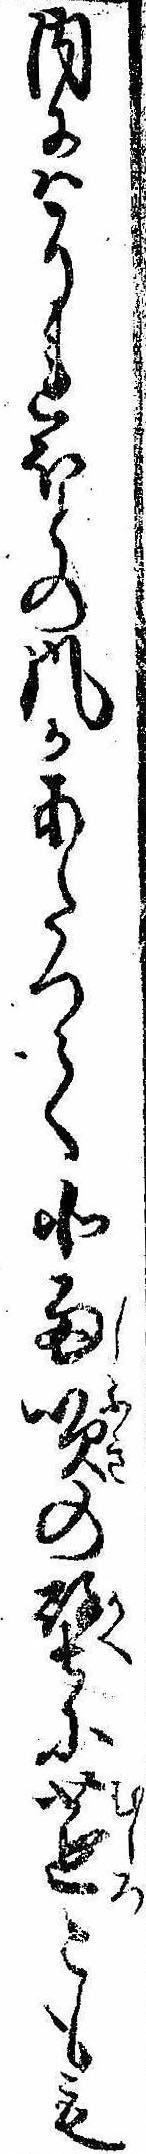
内にはそれほとの風があたつて北雨吹の壁に莚こもも